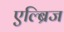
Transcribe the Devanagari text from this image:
एल्ब्रिज